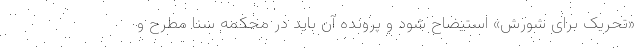
«تحریک برای شورش» استیضاح شود و پرونده آن باید در محکمه سنا مطرح و